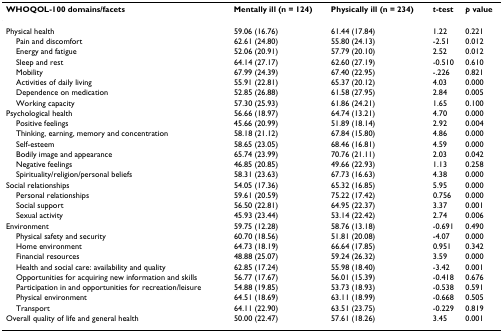
<table><thead><tr><td><b>WHOQOL-100 domains/facets</b></td><td><b>Mentally ill (n = 124)</b></td><td><b>Physically ill (n = 234)</b></td><td><b><i>t</i>-test</b></td><td><b><i>p </i>value</b></td></tr></thead><tbody><tr><td>Physical health</td><td>59.06 (16.76)</td><td>61.44 (17.84)</td><td>1.22</td><td>0.221</td></tr><tr><td> Pain and discomfort</td><td>62.61 (24.80)</td><td>55.80 (24.13)</td><td>-2.51</td><td>0.012</td></tr><tr><td> Energy and fatigue</td><td>52.06 (20.91)</td><td>57.79 (20.10)</td><td>2.52</td><td>0.012</td></tr><tr><td> Sleep and rest</td><td>64.14 (27.17)</td><td>62.60 (27.19)</td><td>-0.510</td><td>0.610</td></tr><tr><td> Mobility</td><td>67.99 (24.39)</td><td>67.40 (22.95)</td><td>-.226</td><td>0.821</td></tr><tr><td> Activities of daily living</td><td>55.91 (22.81)</td><td>65.37 (20.12)</td><td>4.03</td><td>0.000</td></tr><tr><td> Dependence on medication</td><td>52.85 (26.88)</td><td>61.58 (27.95)</td><td>2.84</td><td>0.005</td></tr><tr><td> Working capacity</td><td>57.30 (25.93)</td><td>61.86 (24.21)</td><td>1.65</td><td>0.100</td></tr><tr><td>Psychological health</td><td>56.66 (18.97)</td><td>64.74 (13.21)</td><td>4.70</td><td>0.000</td></tr><tr><td> Positive feelings</td><td>45.66 (20.99)</td><td>51.89 (18.14)</td><td>2.92</td><td>0.004</td></tr><tr><td> Thinking, earning, memory and concentration</td><td>58.18 (21.12)</td><td>67.84 (15.80)</td><td>4.86</td><td>0.000</td></tr><tr><td> Self-esteem</td><td>58.65 (23.05)</td><td>68.46 (16.81)</td><td>4.59</td><td>0.000</td></tr><tr><td> Bodily image and appearance</td><td>65.74 (23.99)</td><td>70.76 (21.11)</td><td>2.03</td><td>0.042</td></tr><tr><td> Negative feelings</td><td>46.85 (20.85)</td><td>49.66 (22.93)</td><td>1.13</td><td>0.258</td></tr><tr><td> Spirituality/religion/personal beliefs</td><td>58.31 (23.63)</td><td>67.73 (16.63)</td><td>4.38</td><td>0.000</td></tr><tr><td>Social relationships</td><td>54.05 (17.36)</td><td>65.32 (16.85)</td><td>5.95</td><td>0.000</td></tr><tr><td> Personal relationships</td><td>59.61 (20.59)</td><td>75.22 (17.42)</td><td>0.756</td><td>0.000</td></tr><tr><td> Social support</td><td>56.50 (22.81)</td><td>64.95 (22.37)</td><td>3.37</td><td>0.001</td></tr><tr><td> Sexual activity</td><td>45.93 (23.44)</td><td>53.14 (22.42)</td><td>2.74</td><td>0.006</td></tr><tr><td>Environment</td><td>59.75 (12.28)</td><td>58.76 (13.18)</td><td>-0.691</td><td>0.490</td></tr><tr><td> Physical safety and security</td><td>60.70 (18.56)</td><td>51.81 (20.08)</td><td>-4.07</td><td>0.000</td></tr><tr><td> Home environment</td><td>64.73 (18.19)</td><td>66.64 (17.85)</td><td>0.951</td><td>0.342</td></tr><tr><td> Financial resources</td><td>48.88 (25.07)</td><td>59.24 (26.32)</td><td>3.59</td><td>0.000</td></tr><tr><td> Health and social care: availability and quality</td><td>62.85 (17.24)</td><td>55.98 (18.40)</td><td>-3.42</td><td>0.001</td></tr><tr><td> Opportunities for acquiring new information and skills</td><td>56.77 (17.67)</td><td>56.01 (15.39)</td><td>-0.418</td><td>0.676</td></tr><tr><td> Participation in and opportunities for recreation/leisure</td><td>54.88 (19.85)</td><td>53.73 (18.93)</td><td>-0.538</td><td>0.591</td></tr><tr><td> Physical environment</td><td>64.51 (18.69)</td><td>63.11 (18.99)</td><td>-0.668</td><td>0.505</td></tr><tr><td> Transport</td><td>64.11 (22.90)</td><td>63.51 (23.75)</td><td>-0.229</td><td>0.819</td></tr><tr><td>Overall quality of life and general health</td><td>50.00 (22.47)</td><td>57.61 (18.26)</td><td>3.45</td><td>0.001</td></tr></tbody></table>